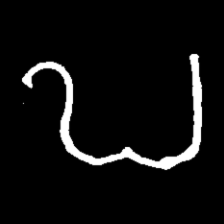
Pyu character \u2014 Myanmar letter: ဎ (romanized: ddha)